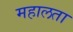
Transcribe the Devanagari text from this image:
महालता